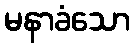
မနာခံသော